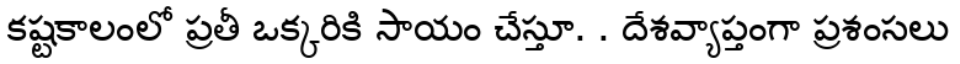
కష్టకాలంలో ప్రతీ ఒక్కరికి సాయం చేస్తూ. . దేశవ్యాప్తంగా ప్రశంసలు